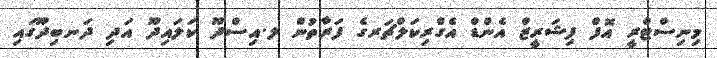
މިނިސްޓްރީ އޮފް ފިޝަރީޒް އެންޑް އެގްރިކަލްޗަރގެ ފަރާތުން ލ.އިސްދޫ ކަލައިދޫ އަދި ދަނބިދޫގައި